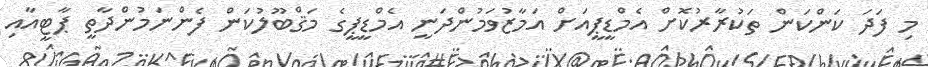
މި ފަދަ ކަންކަން ތަކުރާރުކޮށް އެމްޑީޕީއަށް އަމާޒުވަމުންދަނީ އެމްޑީޕީގެ މަޤްބޫލުކަން ފެންނަމުންދާތީ ޕާޓީއާއި